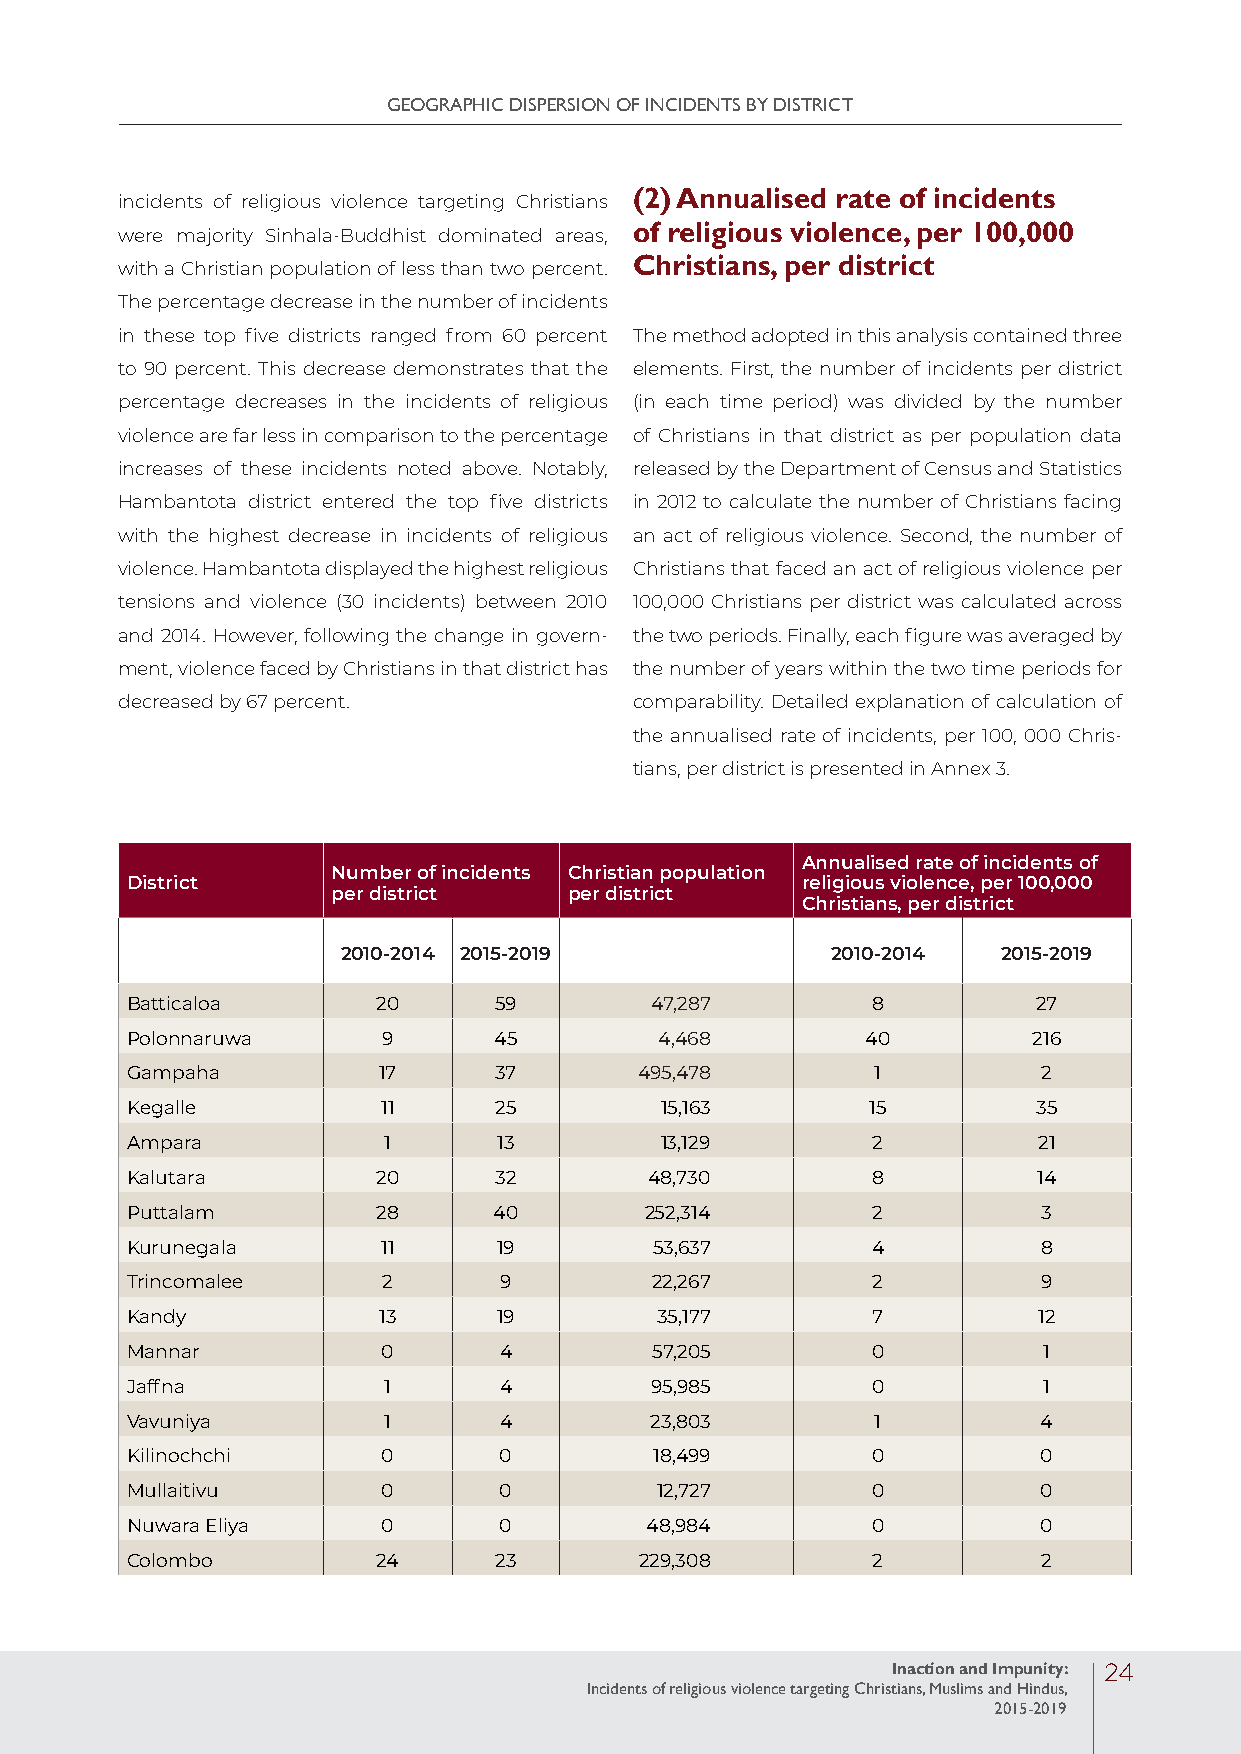
GEOGRAPHIC DISPERSION OF INCIDENTS BY DISTRICT
 incidents of religious violence targeting Christians (2) Annualised rate of incidents
 were majority Sinhala-Buddhist dominated areas, of religious violence, per 100,000
 with a Christian population of less than two percent. Christians, per district
 The percentage decrease in the number of incidents
 in these top five districts ranged from 60 percent The method adopted in this analysis contained three
 to 90 percent. This decrease demonstrates that the elements. First, the number of incidents per district
 percentage decreases in the incidents of religious (in each time period) was divided by the number
 violence are far less in comparison to the percentage of Christians in that district as per population data
 increases of these incidents noted above. Notably, released by the Department of Census and Statistics
 Hambantota district entered the top five districts in 2012 to calculate the number of Christians facing
 with the highest decrease in incidents of religious an act of religious violence. Second, the number of
 violence. Hambantota displayed the highest religious Christians that faced an act of religious violence per
 tensions and violence (30 incidents) between 2010 100,000 Christians per district was calculated across
 and 2014. However, following the change in govern- the two periods. Finally, each figure was averaged by
 ment, violence faced by Christians in that district has the number of years within the two time periods for
 decreased by 67 percent.          comparability. Detailed explanation of calculation of
 the annualised rate of incidents, per 100, 000 Chris-
 tians, per district is presented in Annex 3.
 Annualised rate of incidents of
 Number of incidents Christian population
 District                                     religious violence, per 100,000
 per district    per district
 Christians, per district
 2010-2014 2015-2019             2010-2014  2015-2019
 Batticaloa       20      59        47,287         8          27
 Polonnaruwa      9       45         4,468        40         216
 Gampaha          17      37       495,478         1          2
 Kegalle          11      25         15,163        15         35
 Ampara           1       13         13,129        2          21
 Kalutara         20      32        48,730         8          14
 Puttalam         28      40        252,314        2          3
 Kurunegala       11      19        53,637         4          8
 Trincomalee      2       9         22,267         2          9
 Kandy            13      19        35,177         7          12
 Mannar           0       4         57,205         0          1
 Jaffna           1       4         95,985         0          1
 Vavuniya         1       4         23,803         1          4
 Kilinochchi      0       0         18,499         0          0
 Mullaitivu       0       0         12,727         0          0
 Nuwara Eliya     0       0         48,984         0          0
 Colombo          24      23       229,308         2          2
 Inaction and Impunity: 24
 Incidents of religious violence targeting Christians, Muslims and Hindus,
 2015-2019